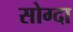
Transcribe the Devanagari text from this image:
सोग्दा